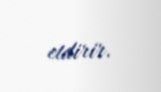
etdirir.